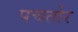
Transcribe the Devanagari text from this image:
पचतोर